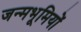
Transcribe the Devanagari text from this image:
जन्मभूमियों